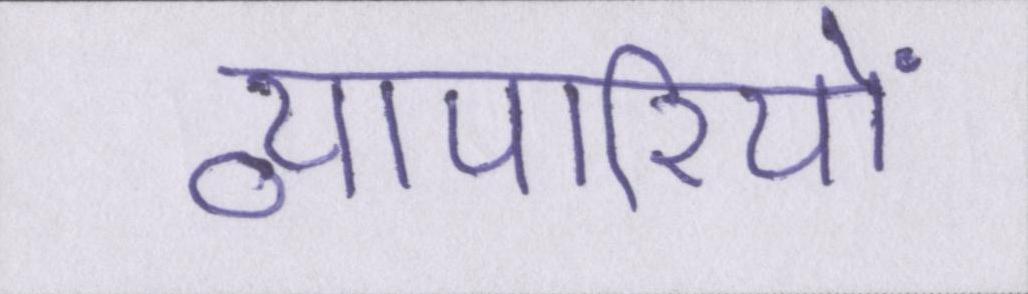
व्यापारियों